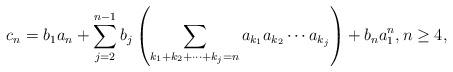
LaTeX: \begin{align*}c_{n}=b_{1}a_{n}+\sum_{j=2}^{n-1}b_{j}\left(\sum_{k_{1}+k_{2}+\cdots+k_{j}=n}a_{k_{1}}a_{k_{2}}\cdots a_{k_{j}}\right)+b_{n}a_{1}^{n},n\geq4,\end{align*}